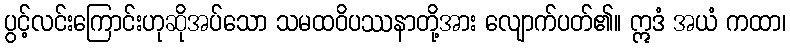
ပွင့်လင်းကြောင်းဟုဆိုအပ်သော သမထဝိပဿနာတို့အား လျောက်ပတ်၏။ ဣဒံ အယံ ကထာ၊